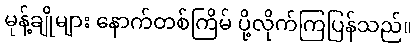
မုန့်ချိုများ နောက်တစ်ကြိမ် ပို့လိုက်ကြပြန်သည်။